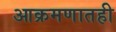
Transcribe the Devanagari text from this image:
आक्रमणातही